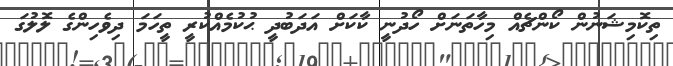
ތިކޮމިޝަނުން ކޯންޗެއް މިހާތަނަށް ހޯދުނީ ކާކަށް އަދަބުދީ ޙުކުމެއްކުރީ ތީހަމަ ދިވެހިންގެ ލޮލުގަ